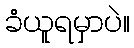
ခံယူရမှာပဲ။